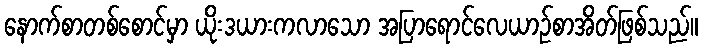
နောက်စာတစ်စောင်မှာ ယိုးဒယားကလာသော အပြာရောင်လေယာဉ်စာအိတ်ဖြစ်သည်။